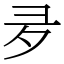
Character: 夛